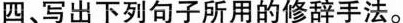
四、写出下列句子所用的修辞手法。